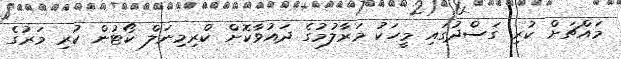
މައްޗަށް ކުރި ގަސްދުގައި މީހަކު މަރާލުމުގެ ދައުވާކޮށް ކްރިމިނަލް ކޯޓުން ކުރި މަރުގެ